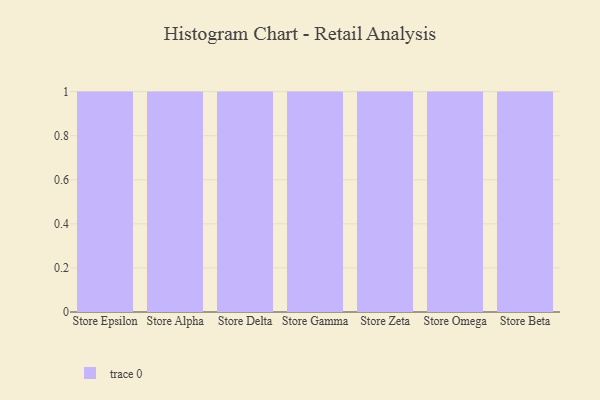
{"axis": {"x": "Store", "y": "Satisfaction Score"}, "legend": [""], "data": [{"x": "Store Epsilon", "y": 56, "type": ""}, {"x": "Store Alpha", "y": 100, "type": ""}, {"x": "Store Delta", "y": 50, "type": ""}, {"x": "Store Gamma", "y": 71, "type": ""}, {"x": "Store Zeta", "y": 69, "type": ""}, {"x": "Store Omega", "y": 100, "type": ""}, {"x": "Store Beta", "y": 31, "type": ""}]}